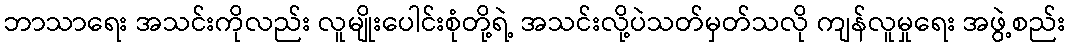
ဘာသာရေး အသင်းကိုလည်း လူမျိုးပေါင်းစုံတို့ရဲ့ အသင်းလို့ပဲသတ်မှတ်သလို ကျန်လူမှုရေး အဖွဲ့စည်း